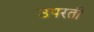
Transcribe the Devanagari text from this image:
उपरती